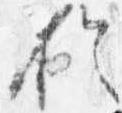
於